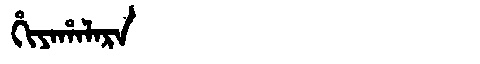
Manchu: ᡥᡳᠶᠠᡥᠠᠯᠠᡵᠠ
Romanization: HIYAHALARA